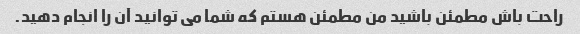
راحت باش مطمئن باشید من مطمئن هستم که شما می توانید آن را انجام دهید.